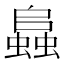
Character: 𧒂